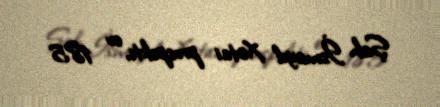
Şah İsmayıl Xətai prospekti, ev 185